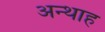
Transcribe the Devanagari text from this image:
अन्‍थाह